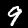
Digit: 9